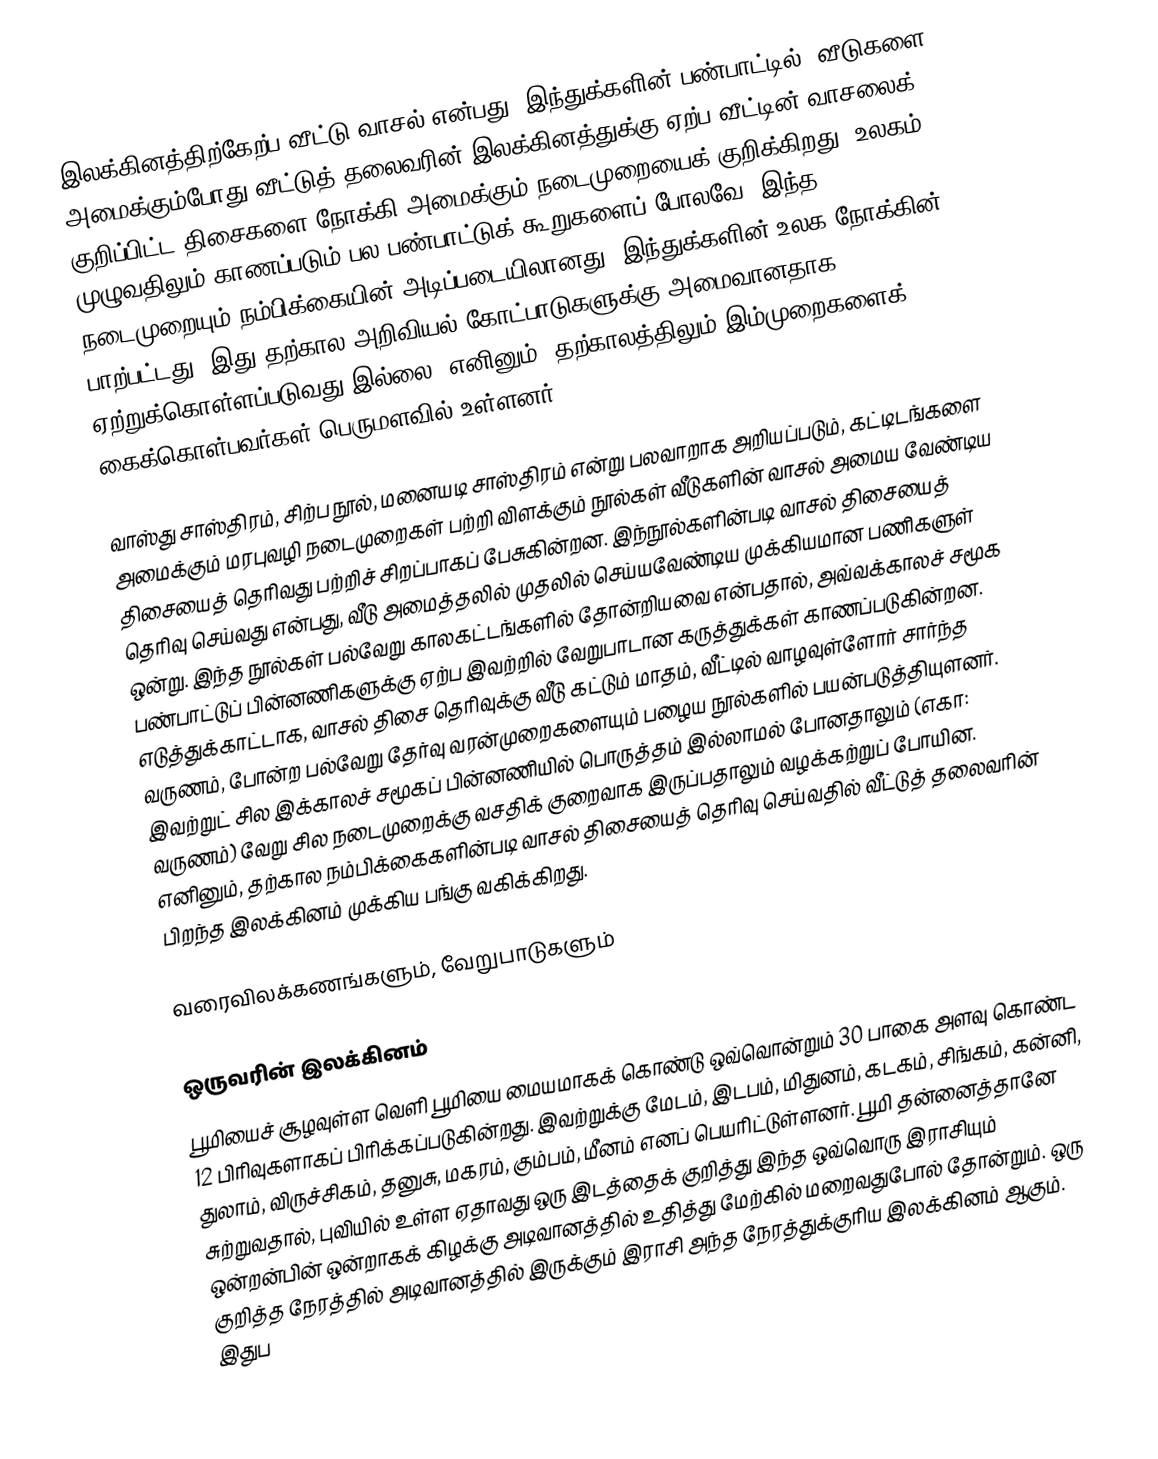
இலக்கினத்திற்கேற்ப வீட்டு வாசல் என்பது, இந்துக்களின் பண்பாட்டில், வீடுகளை அமைக்கும்போது வீட்டுத் தலைவரின் இலக்கினத்துக்கு ஏற்ப வீட்டின் வாசலைக் குறிப்பிட்ட திசைகளை நோக்கி அமைக்கும் நடைமுறையைக் குறிக்கிறது. உலகம் முழுவதிலும் காணப்படும் பல பண்பாட்டுக் கூறுகளைப் போலவே, இந்த நடைமுறையும் நம்பிக்கையின் அடிப்படையிலானது, இந்துக்களின் உலக நோக்கின் பாற்பட்டது. இது தற்கால அறிவியல் கோட்பாடுகளுக்கு அமைவானதாக ஏற்றுக்கொள்ளப்படுவது இல்லை. எனினும், தற்காலத்திலும் இம்முறைகளைக் கைக்கொள்பவர்கள் பெருமளவில் உள்ளனர்.

வாஸ்து சாஸ்திரம், சிற்ப நூல், மனையடி சாஸ்திரம் என்று பலவாறாக அறியப்படும், கட்டிடங்களை அமைக்கும் மரபுவழி நடைமுறைகள் பற்றி விளக்கும் நூல்கள் வீடுகளின் வாசல் அமைய வேண்டிய திசையைத் தெரிவது பற்றிச் சிறப்பாகப் பேசுகின்றன. இந்நூல்களின்படி வாசல் திசையைத் தெரிவு செய்வது என்பது, வீடு அமைத்தலில் முதலில் செய்யவேண்டிய முக்கியமான பணிகளுள் ஒன்று. இந்த நூல்கள் பல்வேறு காலகட்டங்களில் தோன்றியவை என்பதால், அவ்வக்காலச் சமூக பண்பாட்டுப் பின்னணிகளுக்கு ஏற்ப இவற்றில் வேறுபாடான கருத்துக்கள் காணப்படுகின்றன. எடுத்துக்காட்டாக, வாசல் திசை தெரிவுக்கு வீடு கட்டும் மாதம், வீட்டில் வாழவுள்ளோர் சார்ந்த வருணம், போன்ற பல்வேறு தேர்வு வரன்முறைகளையும் பழைய நூல்களில் பயன்படுத்தியுளனர். இவற்றுட் சில இக்காலச் சமூகப் பின்னணியில் பொருத்தம் இல்லாமல் போனதாலும் (எகா: வருணம்) வேறு சில நடைமுறைக்கு வசதிக் குறைவாக இருப்பதாலும் வழக்கற்றுப் போயின. எனினும், தற்கால நம்பிக்கைகளின்படி வாசல் திசையைத் தெரிவு செய்வதில் வீட்டுத் தலைவரின் பிறந்த இலக்கினம் முக்கிய பங்கு வகிக்கிறது.

வரைவிலக்கணங்களும், வேறுபாடுகளும்

ஒருவரின் இலக்கினம்
பூமியைச் சூழவுள்ள வெளி பூமியை மையமாகக் கொண்டு ஒவ்வொன்றும் 30 பாகை அளவு கொண்ட 12 பிரிவுகளாகப் பிரிக்கப்படுகின்றது. இவற்றுக்கு மேடம், இடபம், மிதுனம், கடகம், சிங்கம், கன்னி, துலாம், விருச்சிகம், தனுசு, மகரம், கும்பம், மீனம் எனப் பெயரிட்டுள்ளனர். பூமி தன்னைத்தானே சுற்றுவதால், புவியில் உள்ள ஏதாவது ஒரு இடத்தைக் குறித்து இந்த ஒவ்வொரு இராசியும் ஒன்றன்பின் ஒன்றாகக் கிழக்கு அடிவானத்தில் உதித்து மேற்கில் மறைவதுபோல் தோன்றும். ஒரு குறித்த நேரத்தில் அடிவானத்தில் இருக்கும் இராசி அந்த நேரத்துக்குரிய இலக்கினம் ஆகும். இதுப